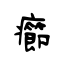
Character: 癤